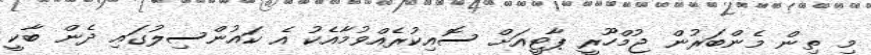
މި ތިން މެންބަރުން ޖުމްހޫރީ ޕާޓީއަށް ސޮއިކުރެއްވުމާއެކު އެ ކައުންސިލުގައި ދެން ބާކީ